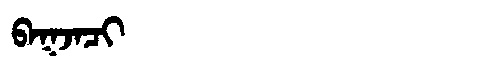
Manchu: ᠪᠠᡴᠵᠠᠴᡳ
Romanization: BAKJACI